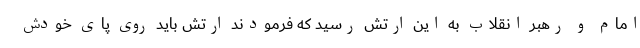
امام و رهبر انقلاب به این ارتش رسید که فرمودند ارتش باید روی پای خودش